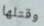
وقتلها